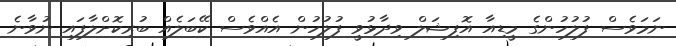
ނަމަވެސް ފުލުހުންގެ މީޑިއާ އޮފިޝަލް ވިދާޅުވީ ފުލުހުން އެއްވެސް ކޭބަލެއް ބުރިކޮށްލާފައި ނުވާނެ